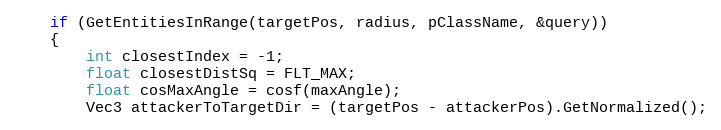
Language: C++
	if (GetEntitiesInRange(targetPos, radius, pClassName, &query))
	{
		int closestIndex = -1;
		float closestDistSq = FLT_MAX;
		float cosMaxAngle = cosf(maxAngle);
		Vec3 attackerToTargetDir = (targetPos - attackerPos).GetNormalized();